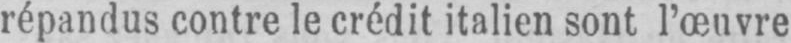
répandus contre le crédit italien sont l’œuvre